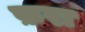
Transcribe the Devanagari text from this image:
फ़रा